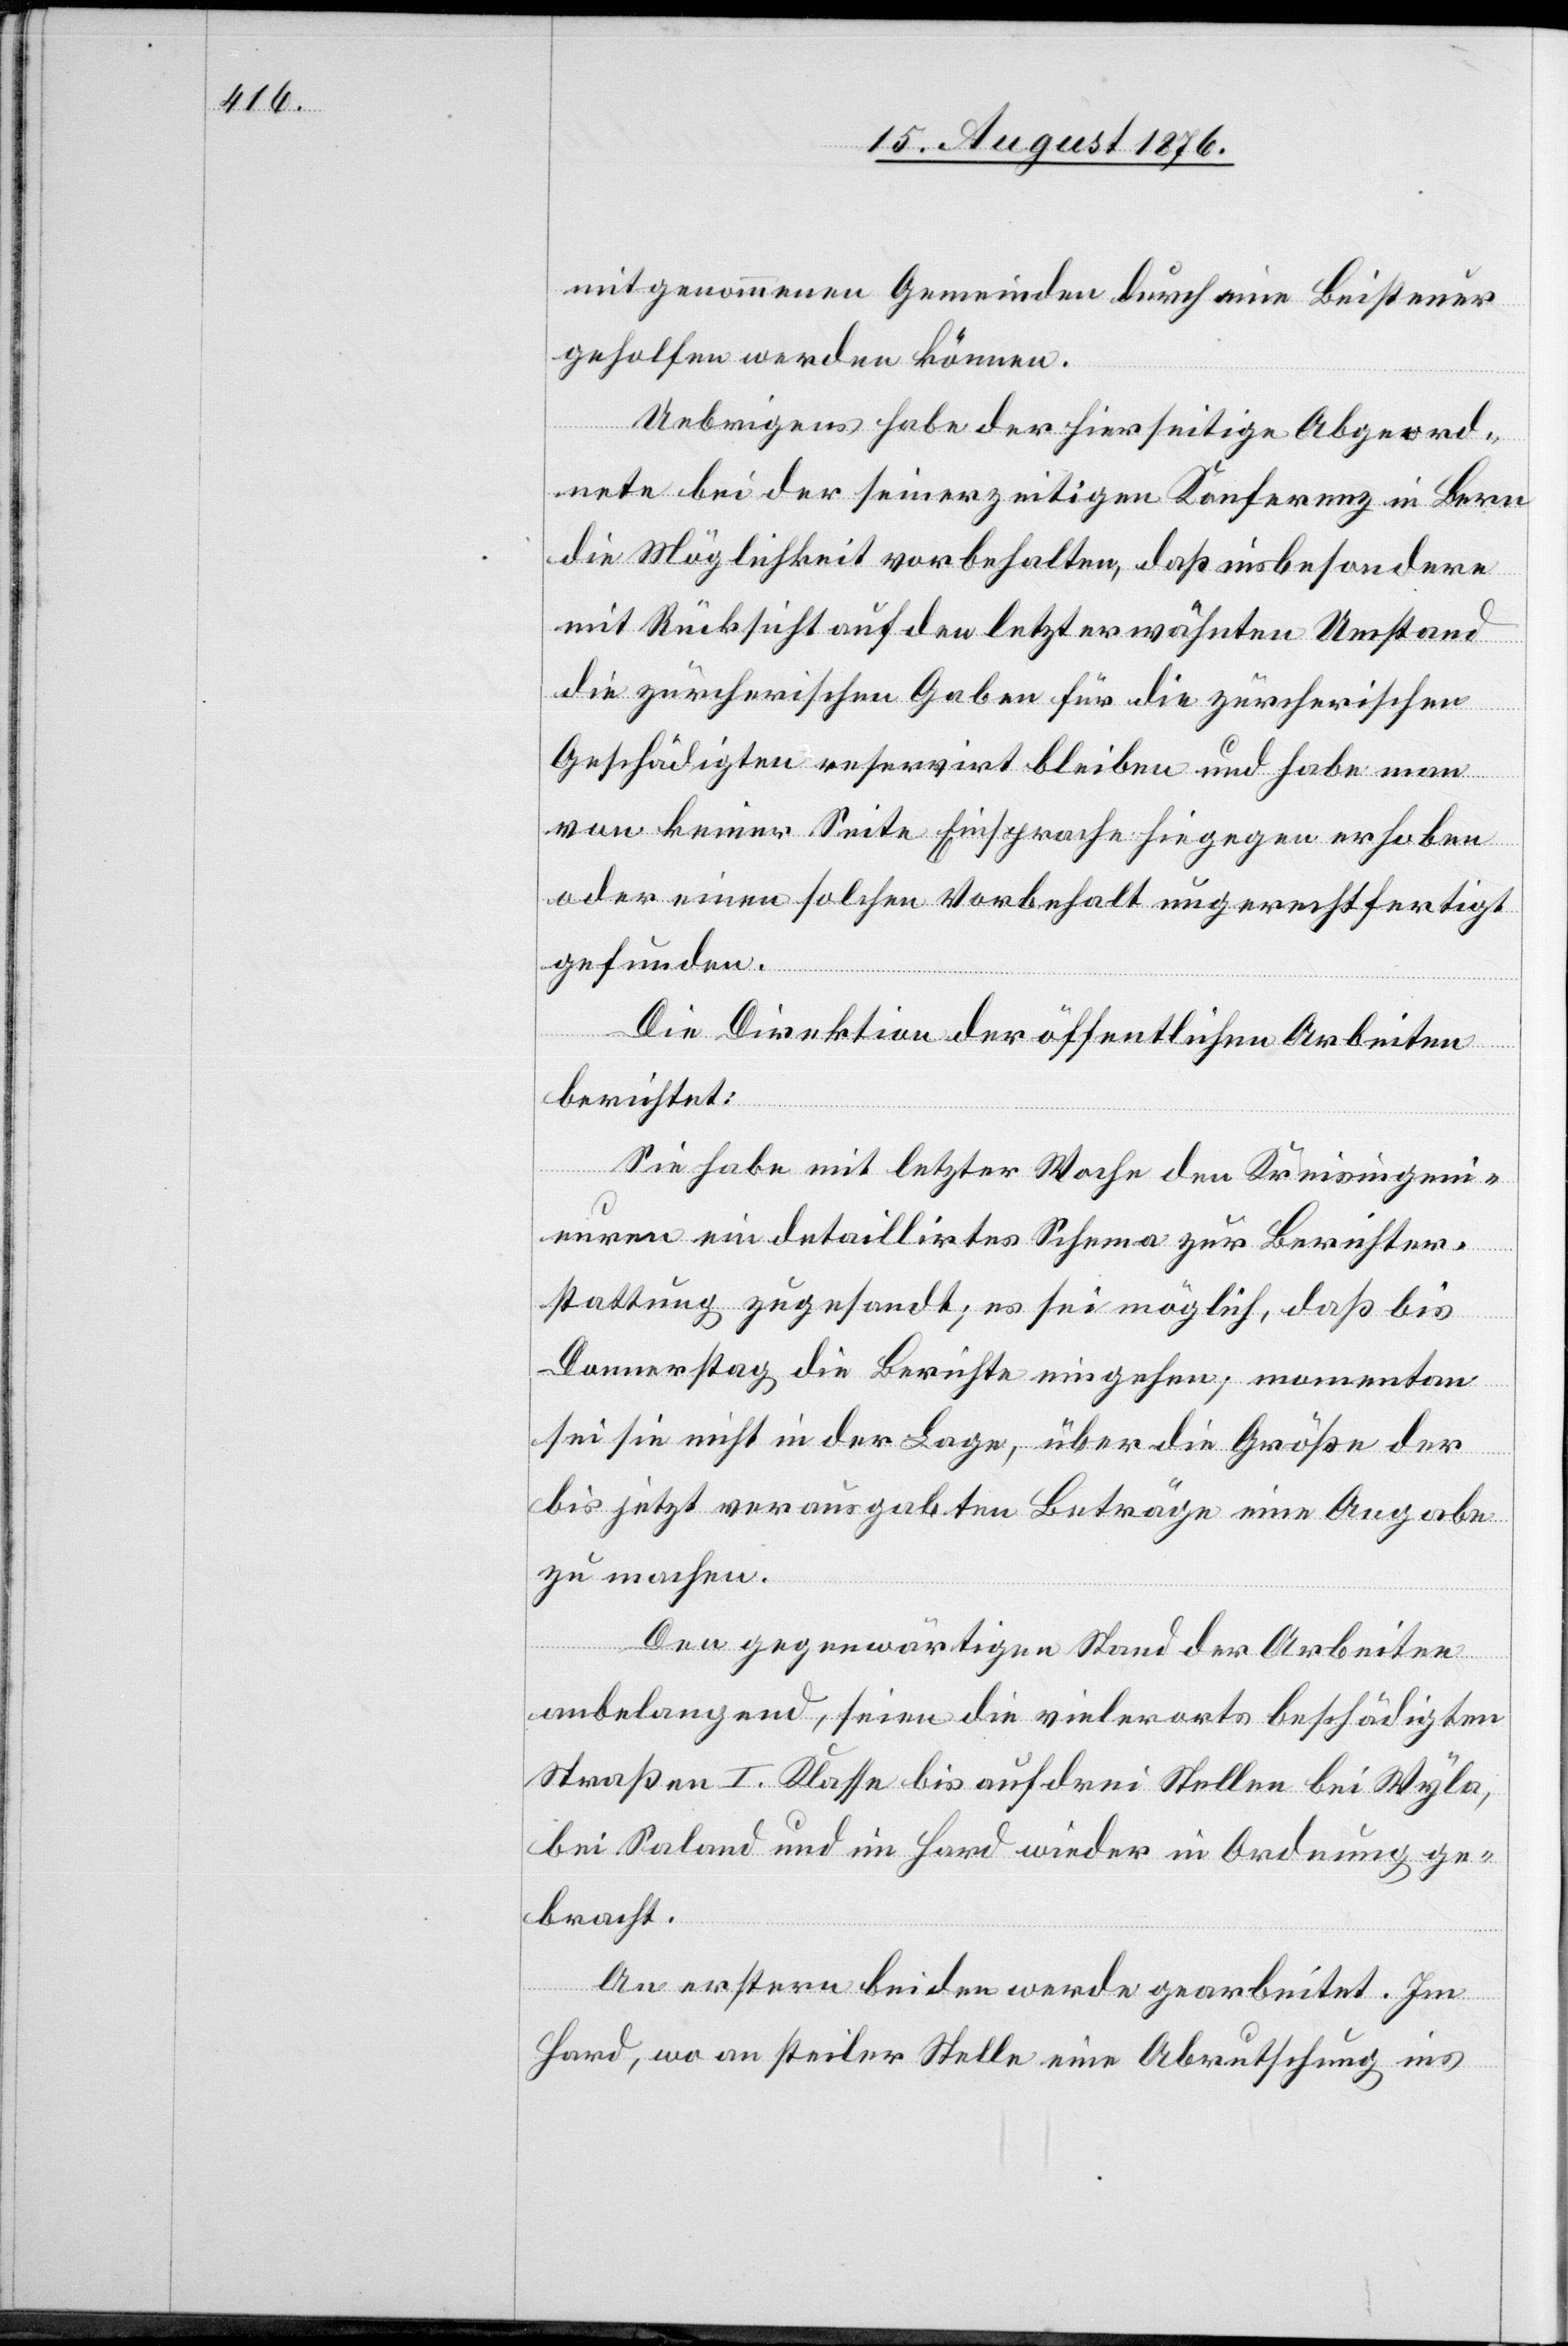
mitgenommenen Gemeinden durch eine Beisteuer
geholfen werden können.
Uebrigens habe der hierseitige Abgeord¬
nete bei der seinerzeitigen Konferenz in Bern
die Möglichkeit vorbehalten, daß insbesondere
mit Rücksicht auf den letzterwähnten Umstand
die zürcherischen Gaben für die zürcherischen
Geschädigten reservirt belieben und habe man
von keiner Seite Einsprache hiegegen erhoben
oder einen solchen Vorbehalt ungerechtfertigt
gefunden.
Die Direktion der öffentlichen Arbeiten
berichtet:
Sie habe mit letzter Woche den Kreisingeni¬
euren ein detaillirtes Schema zur Berichter¬
stattung zugesandt; es sei möglich, daß bis
Donnerstag die Berichte eingehen; momentan
sei sie nicht in der Lage, über die Größe der
bis jetzt verausgabten Beträge eine Angabe
zu machen.
Den gegenwärtigen Stand der Arbeiten
anbelangend, seien die vielerorts beschädigten
Straßen I. Klasse bis auf drei Stellen bei Wyla,
bei Saland und im Hard wieder in Ordnung ge¬
bracht.
An erstern beiden werde gearbeitet. Im
Hard, wo an steiler Stelle eine Abrutschung ins